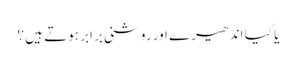
یا کیا اندھیرے اور روشنی برابر ہوتے ہیں ؟